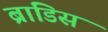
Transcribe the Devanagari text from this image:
ब्रांडिस